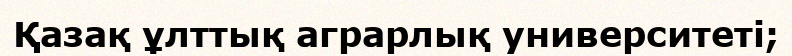
Қазақ ұлттық аграрлық университеті;